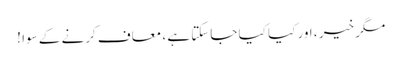
مگر خیر ، اور کیا کیا جاسکتا ہے ، معاف کرنے کے سوا !